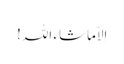
اِلاّماشاء اللہ!